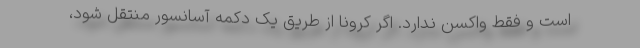
است و فقط واکسن ندارد. اگر کرونا از طریق یک دکمه آسانسور منتقل شود،